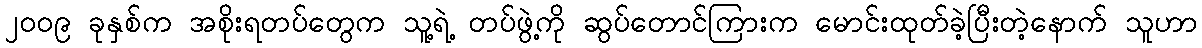
၂၀၀၉ ခုနှစ်က အစိုးရတပ်တွေက သူ့ရဲ့ တပ်ဖွဲ့ကို ဆွပ်တောင်ကြားက မောင်းထုတ်ခဲ့ပြီးတဲ့နောက် သူဟာ